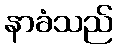
နာခံသည်